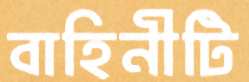
বাহিনীটি